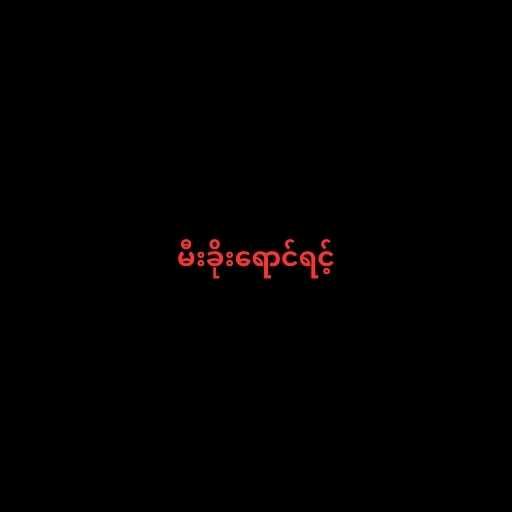
မီးခိုးရောင်ရင့်